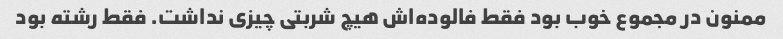
ممنون در مجموع خوب بود فقط فالوده‌اش هیچ شربتی چیزی نداشت. فقط رشته بود